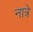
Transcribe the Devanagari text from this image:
नात्रे